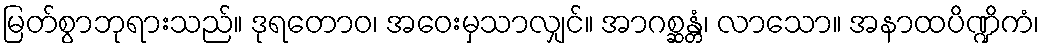
မြတ်စွာဘုရားသည်။ ဒုရတောဝ၊ အဝေးမှသာလျှင်။ အာဂစ္ဆန္တံ၊ လာသော။ အနာထပိဏ္ဍိကံ၊